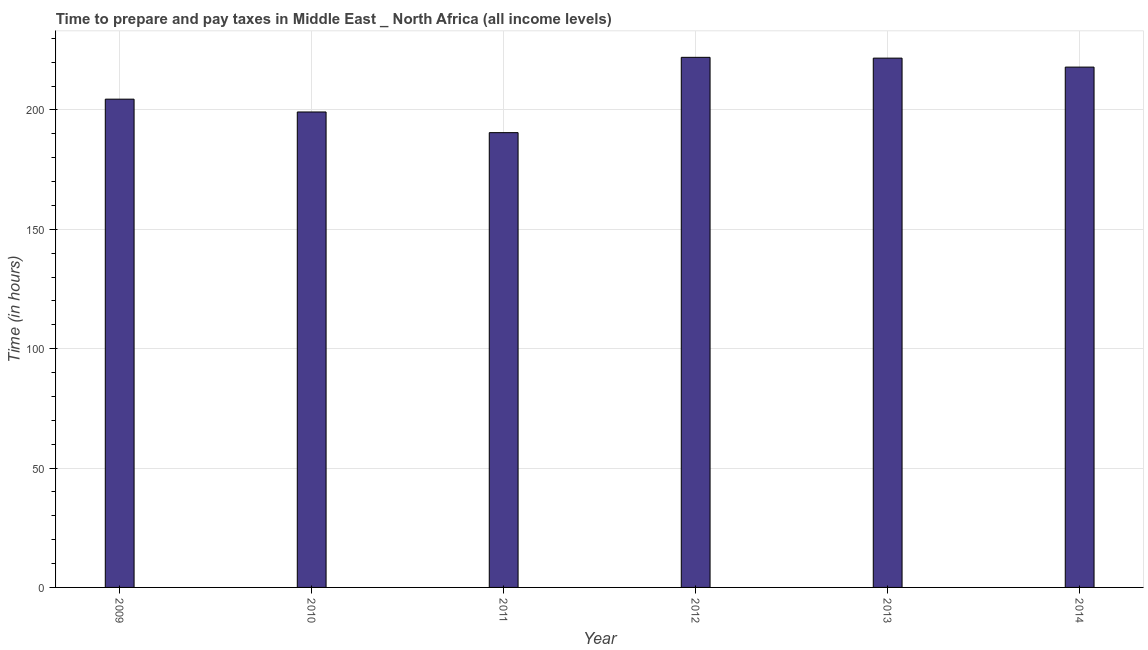
| Year | Time to prepare and pay taxes |
 | --- | --- |
 | 2009 | 205 |
 | 2010 | 199 |
 | 2011 | 190 |
 | 2012 | 222 |
 | 2013 | 222 |
 | 2014 | 218 |